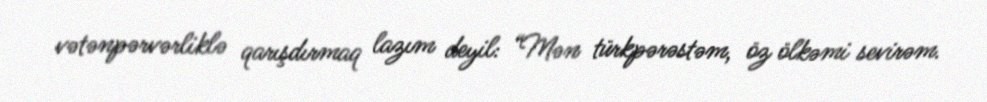
vətənpərvərliklə qarışdırmaq lazım deyil: “Mən türkpərəstəm, öz ölkəmi sevirəm.